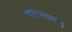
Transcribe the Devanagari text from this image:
धांदरटपणाने